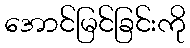
အောင်မြင်ခြင်းကို